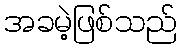
အခမဲ့ဖြစ်သည်